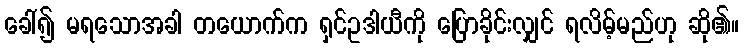
ခေါ်၍ မရသောအခါ တယောက်က ရှင်ဥဒါယီကို ပြောခိုင်းလျှင် ရလိမ့်မည်ဟု ဆို၏။